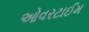
ઓવરટાઈમ